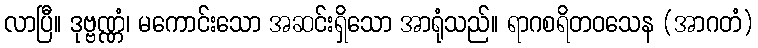
လာပြီ။ ဒုဗ္ဗဏ္ဏံ၊ မကောင်းသော အဆင်းရှိသော အာရုံသည်။ ရာဂစရိတဝသေန (အာဂတံ)